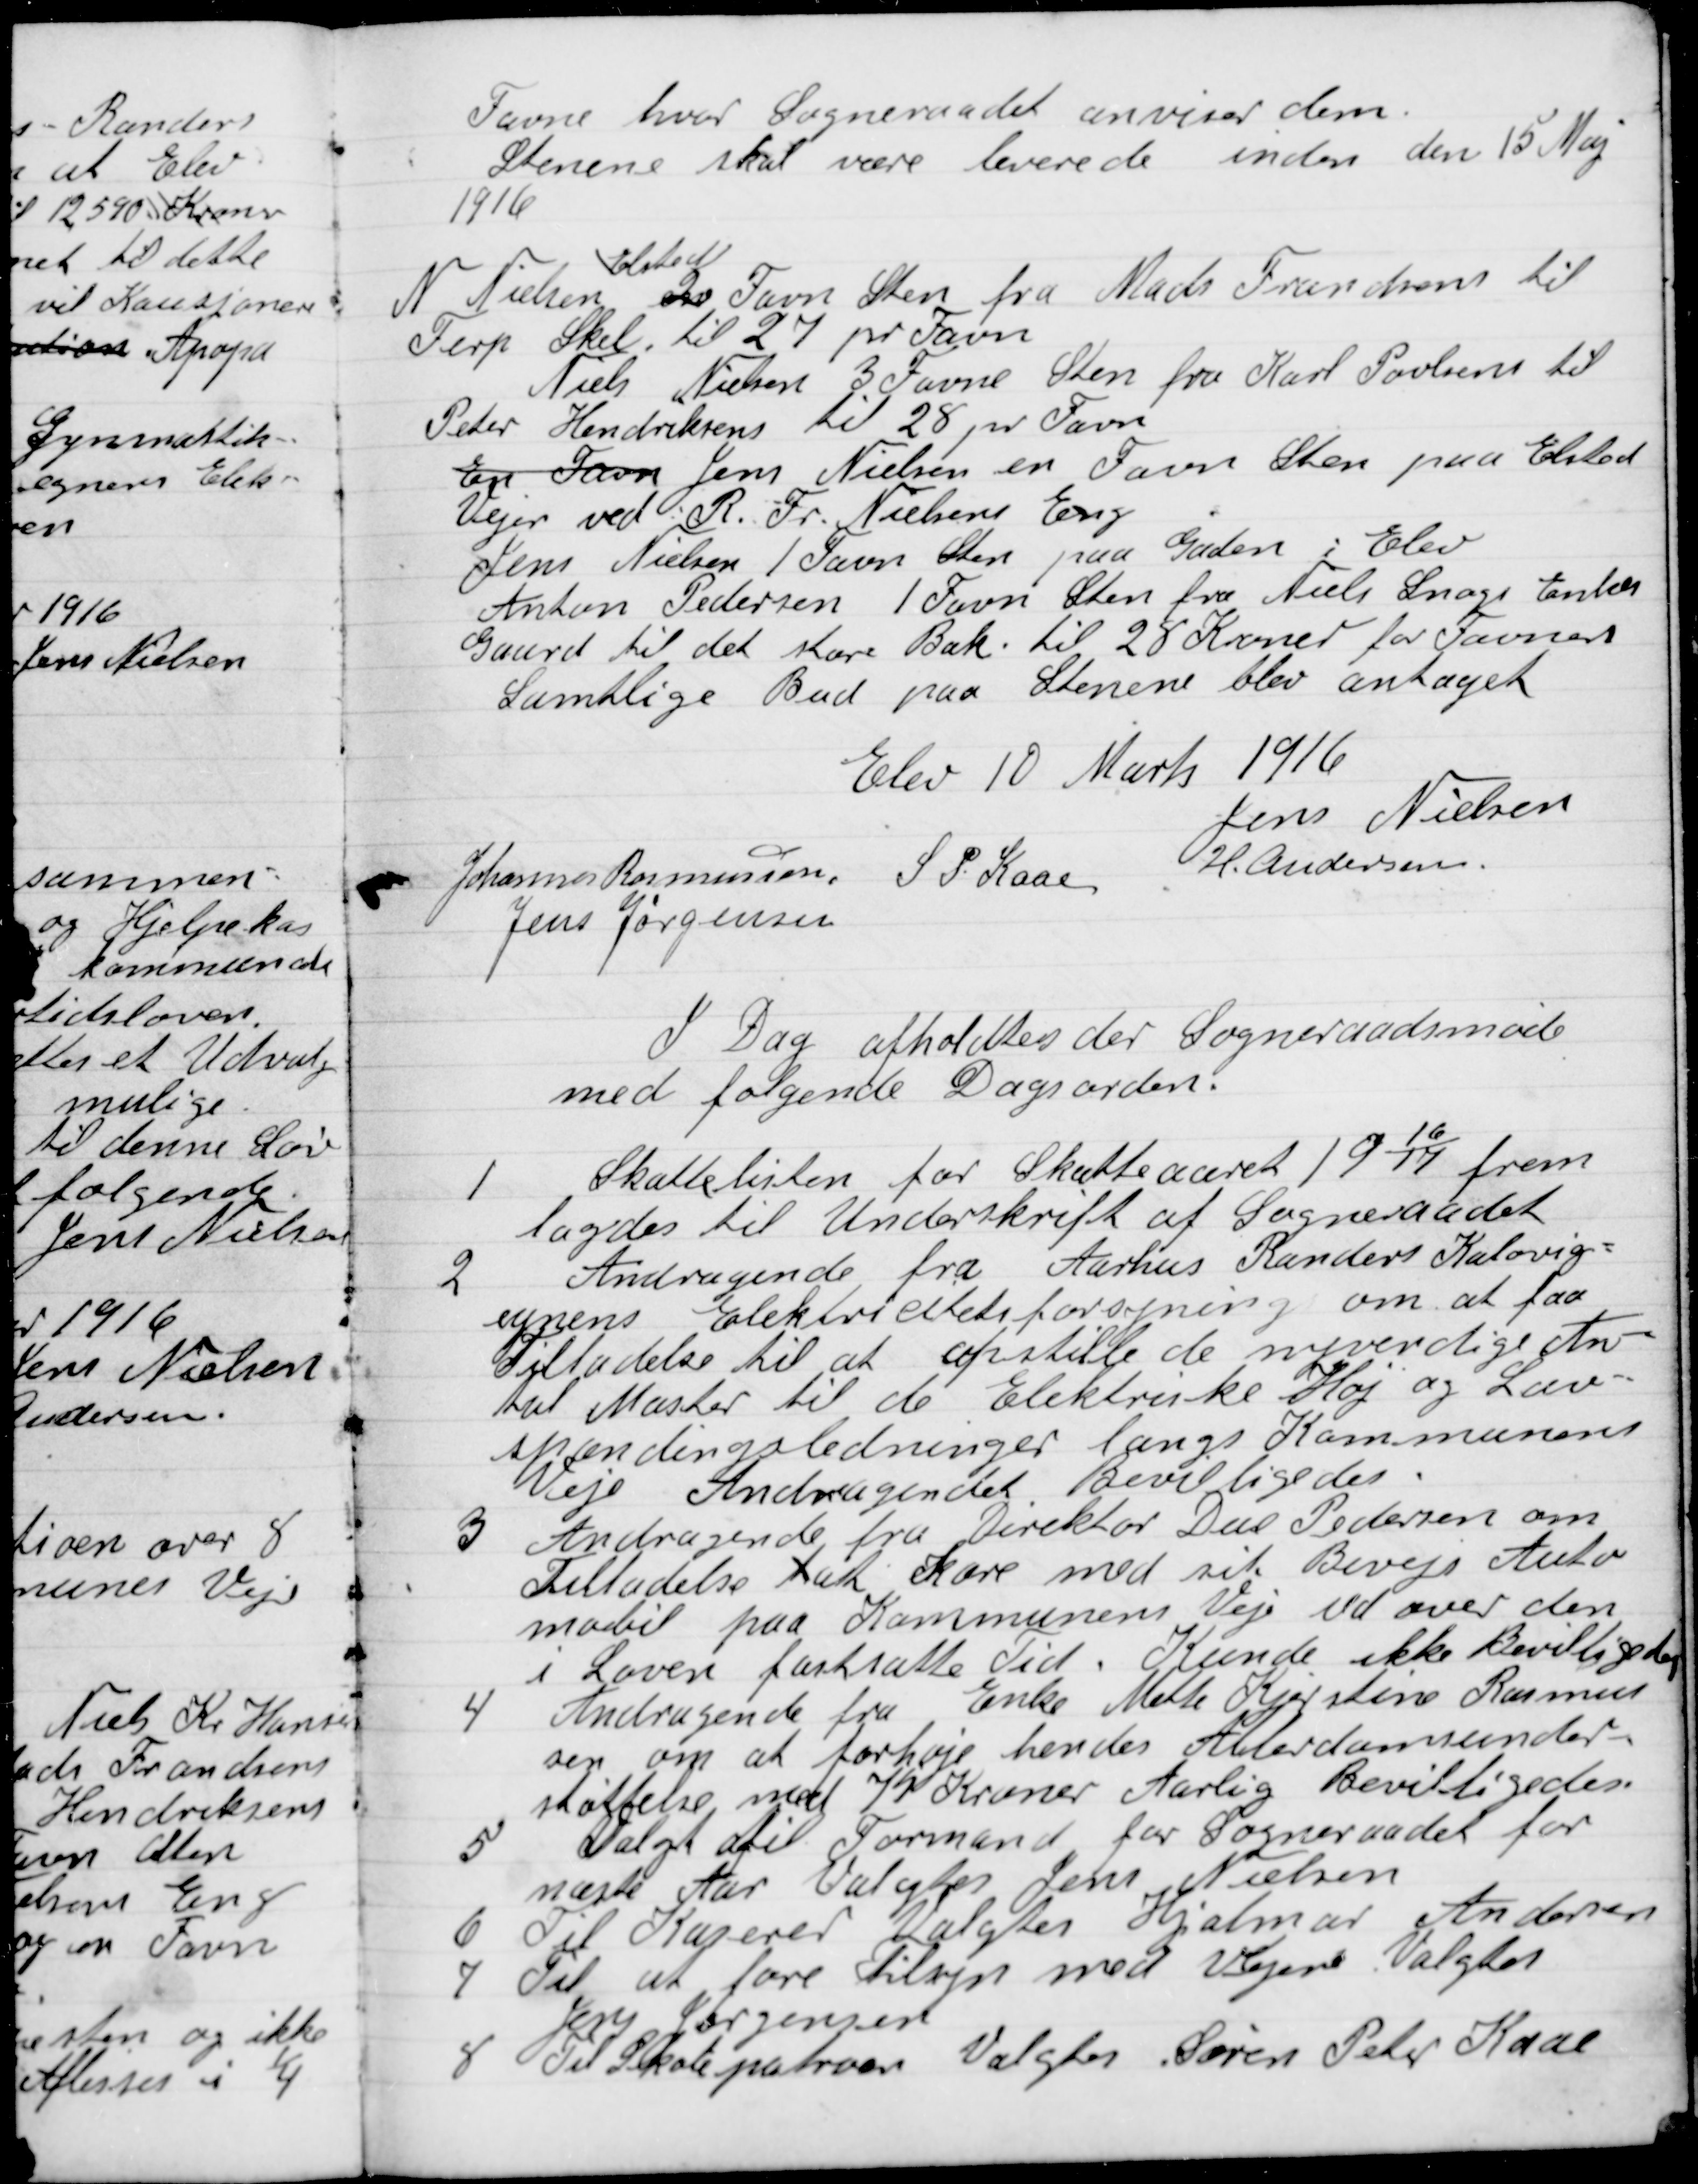
Transskription:
Favne hvor Sogneraadet anviser  dem.
Stenene skal være leverede inden den 15 Maj
1916.
N. Nielsen
Elsted
en Favn Sten fra Mads Frandsen til
Terp Skel til 27 pr. Favn.
Niels Nielsen 3 Favne Sten fra Karl Poulsen til
Peter Hendriksens til 28 pr. Favn.
En favn Jens Nielsen en Favn Sten paa Elsted
Vejen ved R. Fr. Nielsens Eng.
Jens Nielsen 1 Favn  Sten paa Gaden i Elev
Anton Pedersen 1 Favn Sten fra Niels Snogs Enkes
Gaard til det store Bæk til 28 Kroner for Favnes
Samtlige Bud paa Stenene blev antaget.

Elev 10 Marts 1916

Jens Nielsen
Johannes Rasmussen
S. L. Kaae
H. Andersen
Jens Jørgensen

I Dag afholdtes der Sogneraadsmøde
med følgende Dagsorden.

1

Skattelisten for Skattteaart 1916/17 frem-
lagdes til Underskrift af Sogneraadet.

2

Andragende fra Aarhus Randers Kaløvig-
egnens Elektricitetsforsyning om at faa
Tilladelse til at opstille de nødvendige An-
tal Master til de Elektriske Høj og Lav-
spændingsledninger langs Kommunens
Veje. Andragendet Bevilligedes.

3

Andragende fra Direktør Due Pedersen om
Tilladelse til at Køre med sit Bivejs auto-
mobil paa Kommunens Veje ud over den
i Loven fastsatte Tid. Kunde ikke Bevilliges

4

Andragende fra Enke Mette Kristine Rasmus-
sen om at forhøje hendes Alderdomsunder-
støttelse med 79 Kroner Aarlig Bevilligedes

5

Valgt til Formand for Sogneraadet for
næste Aar Valgtes Jens Nielsen.

6

Til Kassere Valgtes Hjalmar Andersen.

7

Til at føre Tilsyn med Vejene Valgtes
Jens Jørgensen.

8

Til Skolepatron Valgtes Søren Peter Kaae